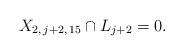
LaTeX: \begin{align*} X_{2, \, j+2, \, 15}\cap L_{j+2} = 0.\end{align*}